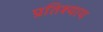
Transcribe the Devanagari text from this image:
प्रतिश्‍याय